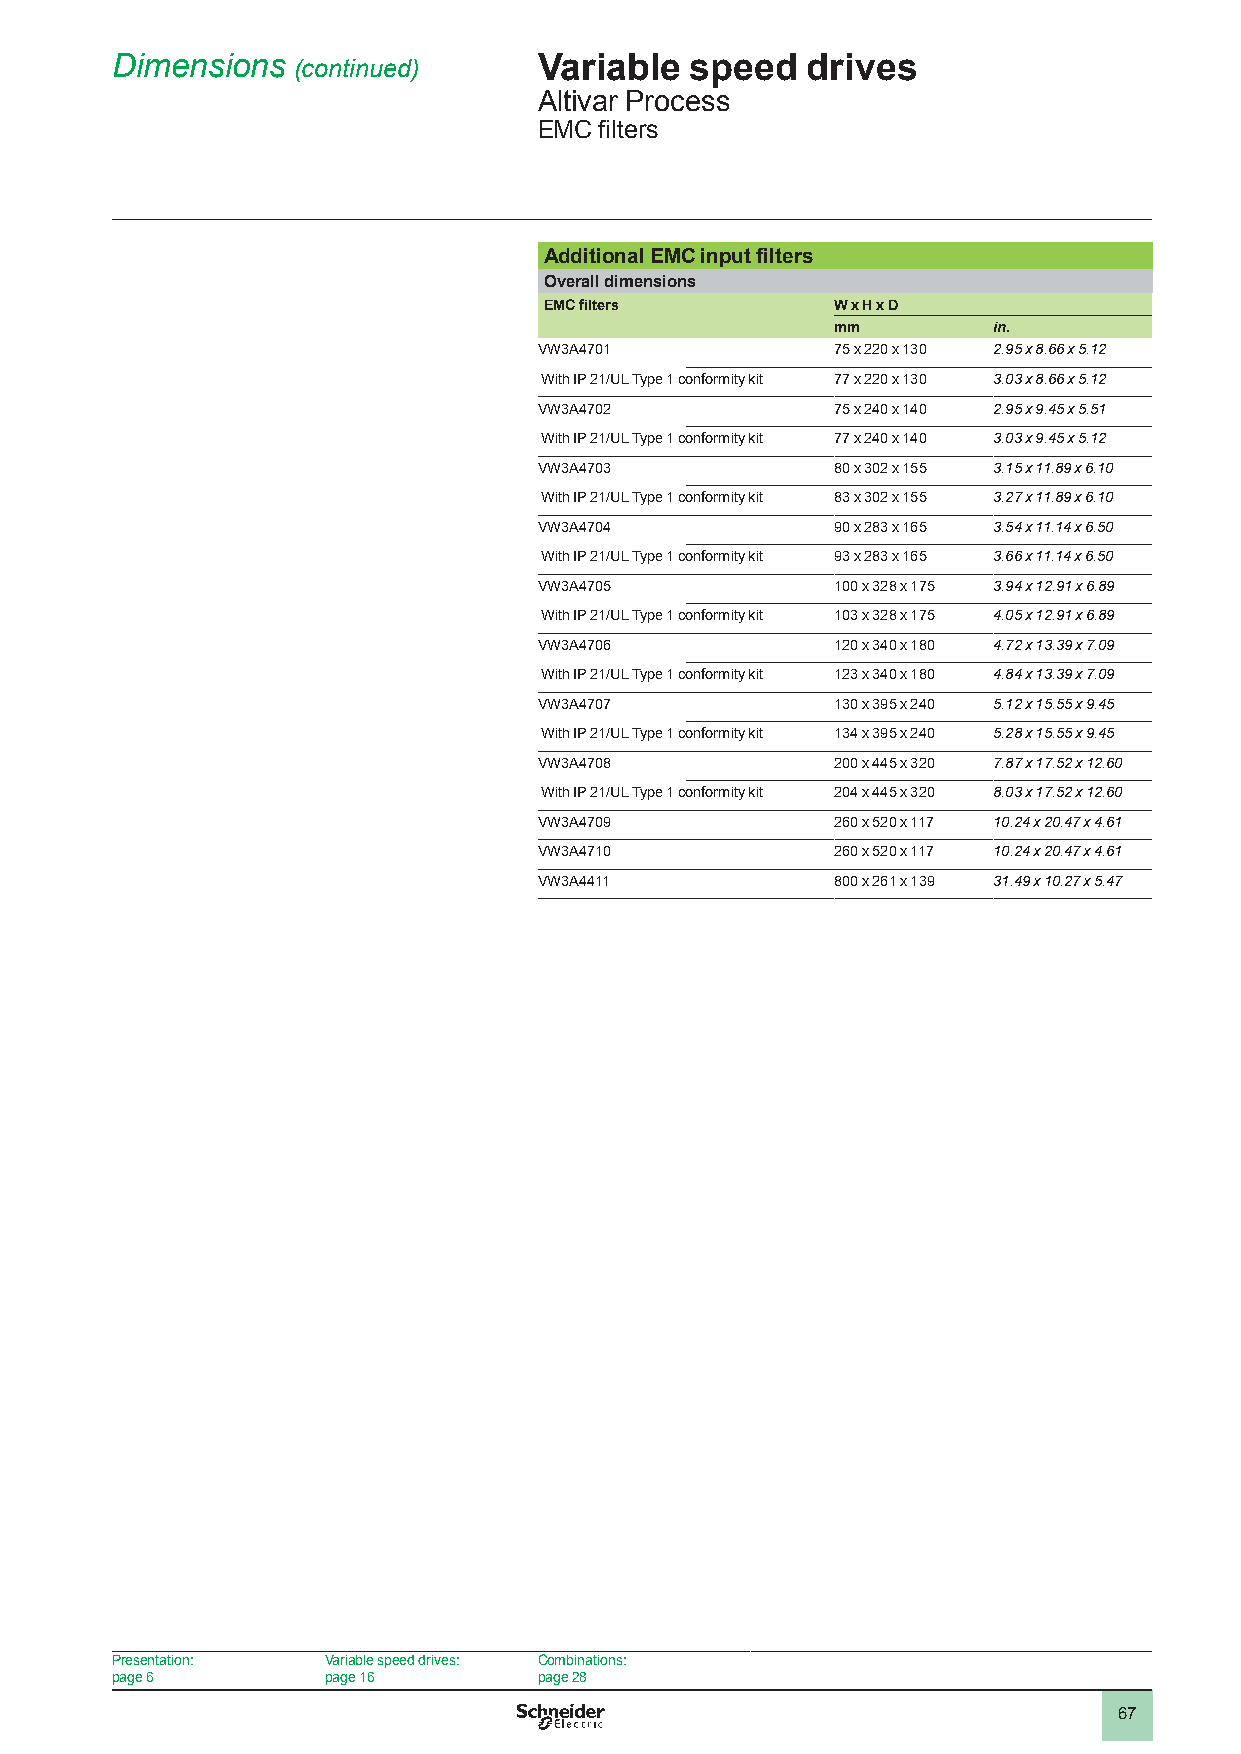
Dimensions  (continued)      Variable  speed  drives
 Altivar Process
 EMC filters
 Additional EMC input filters
 Overall dimensions
 EMC filters        W x H x D
 mm         in.
 VW3A4701           75 x 220 x 130 2.95 x 8.66 x 5.12
 With IP 21/UL Type 1 conformity kit 77 x 220 x 130 3.03 x 8.66 x 5.12
 VW3A4702           75 x 240 x 140 2.95 x 9.45 x 5.51
 With IP 21/UL Type 1 conformity kit 77 x 240 x 140 3.03 x 9.45 x 5.12
 VW3A4703           80 x 302 x 155 3.15 x 11.89 x 6.10
 With IP 21/UL Type 1 conformity kit 83 x 302 x 155 3.27 x 11.89 x 6.10
 VW3A4704           90 x 283 x 165 3.54 x 11.14 x 6.50
 With IP 21/UL Type 1 conformity kit 93 x 283 x 165 3.66 x 11.14 x 6.50
 VW3A4705           100 x 328 x 175 3.94 x 12.91 x 6.89
 With IP 21/UL Type 1 conformity kit 103 x 328 x 175 4.05 x 12.91 x 6.89
 VW3A4706           120 x 340 x 180 4.72 x 13.39 x 7.09
 With IP 21/UL Type 1 conformity kit 123 x 340 x 180 4.84 x 13.39 x 7.09
 VW3A4707           130 x 395 x 240 5.12 x 15.55 x 9.45
 With IP 21/UL Type 1 conformity kit 134 x 395 x 240 5.28 x 15.55 x 9.45
 VW3A4708           200 x 445 x 320 7.87 x 17.52 x 12.60
 With IP 21/UL Type 1 conformity kit 204 x 445 x 320 8.03 x 17.52 x 12.60
 VW3A4709           260 x 520 x 117 10.24 x 20.47 x 4.61
 VW3A4710           260 x 520 x 117 10.24 x 20.47 x 4.61
 VW3A4411           800 x 261 x 139 31.49 x 10.27 x 5.47
 Presentation:  Variable speed drives: Combinations:
 page 6         page 16       page 28
 67